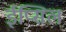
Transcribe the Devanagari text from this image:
ईप्सिल